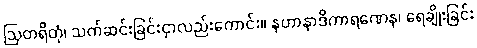
ဩတရိတုံ၊ သက်ဆင်းခြင်းငှာလည်းကောင်း။ နဟာနာဒိကာရဏေန၊ ရေချိုးခြင်း